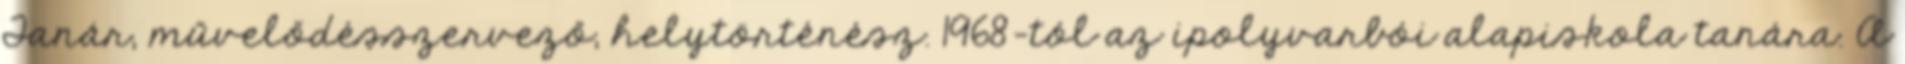
Tanár, művelődésszervező, helytörténész. 1968-tól az ipolyvarbói alapiskola tanára. A